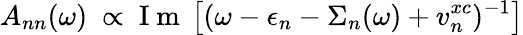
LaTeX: \displaystyle{A_{nn}(\omega)~\propto\mathrm{~I~m~}\left[(\omega-\epsilon_{n}-\Sigma_{n}(\omega)+v_{n}^{xc})^{-1}\right]}